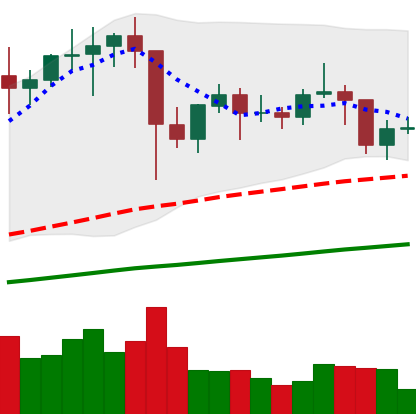
Ticker: LTC-USD
Chart end date: 2021-01-23
Forward return: -3.095%
Label: down_3_5